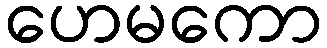
ဟေမကော